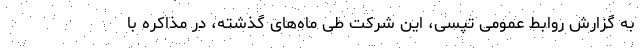
به گزارش روابط عمومی تپسی، این شرکت طی ماه‌های گذشته، در مذاکره با